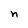
Character: n